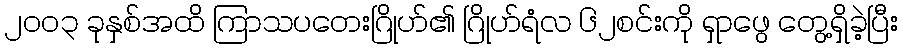
၂၀၀၃ ခုနှစ်အထိ ကြာသပတေးဂြိုဟ်၏ ဂြိုဟ်ရံလ ၆၂စင်းကို ရှာဖွေ တွေ့ရှိခဲ့ပြီး